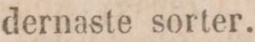
dernaste sorter.